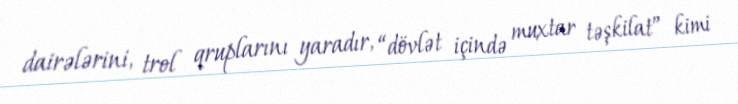
dairələrini, trol qruplarını yaradır, “dövlət içində muxtar təşkilat” kimi